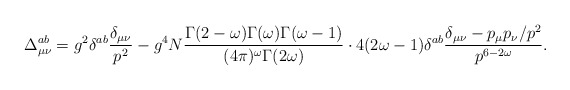
\begin{align*}\Delta^{ab}_{\mu\nu}=g^2\delta^{ab} \frac{\delta_{\mu\nu}}{p^2}-g^4N\frac{\Gamma(2-\omega) \Gamma(\omega)\Gamma(\omega-1)}{(4\pi)^{\omega}\Gamma(2\omega)}\cdot 4(2\omega-1)\delta^{ab}\frac{\delta_{\mu\nu}-p_\mu p_\nu/p^2}{p^{6-2\omega}}.\end{align*}